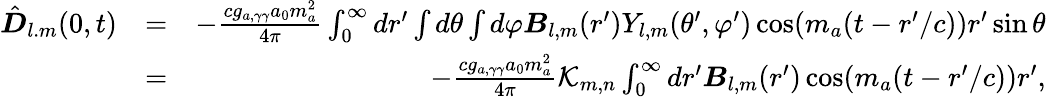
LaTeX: \begin{array}{rlr}{{\hat{\boldsymbol D}}_{l.m}(0,t)}&{=}&{-\frac{cg_{a,\gamma\gamma}a_{0}m_{a}^{2}}{4\pi}\int_{0}^{\infty}dr^{\prime}\int d\theta\int d\varphi\boldsymbol B_{l,m}(r^{\prime})Y_{l,m}(\theta^{\prime},\varphi^{\prime})\cos(m_{a}(t-r^{\prime}/c))r^{\prime}\sin\theta}\\ &{=}&{-\frac{cg_{a,\gamma\gamma}a_{0}m_{a}^{2}}{4\pi}\mathcal K_{m,n}\int_{0}^{\infty}dr^{\prime}\boldsymbol B_{l,m}(r^{\prime})\cos(m_{a}(t-r^{\prime}/c))r^{\prime},}\end{array}